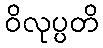
ဝိလုပ္ပတိ